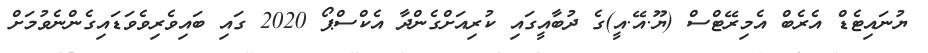
ޔުނައިޓެޑް އެރެބް އެމިރޭޓްސް (ޔޫ.އޭ.އީ)ގެ ދުބާއީގައި ކުރިއަށްގެންދާ އެކްސްޕޯ 2020 ގައި ބައިވެރިވެވަޑައިގެންނެވުމަށް